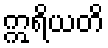
ဣရိယတိ